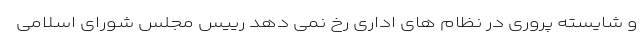
و شایسته پروری در نظام های اداری رخ نمی دهد رییس مجلس شورای اسلامی